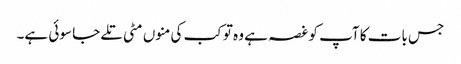
جس بات کا آپ کو غصہ ہے وہ تو کب کی منوں مٹی تلے جا سوئی ہے۔